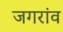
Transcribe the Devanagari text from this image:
जगरांव